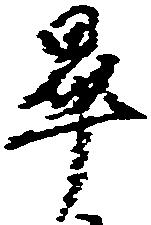
畢